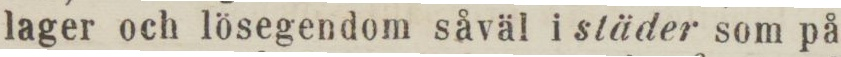
lager och lösegendom såväl i städer som på